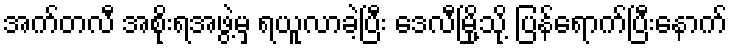
အက်တလီ အစိုးရအဖွဲ့မှ ရယူလာခဲ့ပြီး ဒေလီမြို့သို့ ပြန်ရောက်ပြီးနောက်